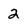
Character: 2